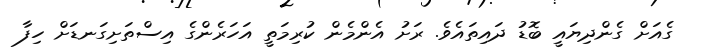
ގެއަށް ގެންދިޔައީ ބޮޑު ދައިތައެވެ. ރަށު އެންމެން ކުރިމަތީ އަހަރެންގެ އިސްތަށިގަނޑަށް ހިފާ